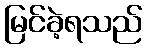
မြင်ခဲ့ရသည်